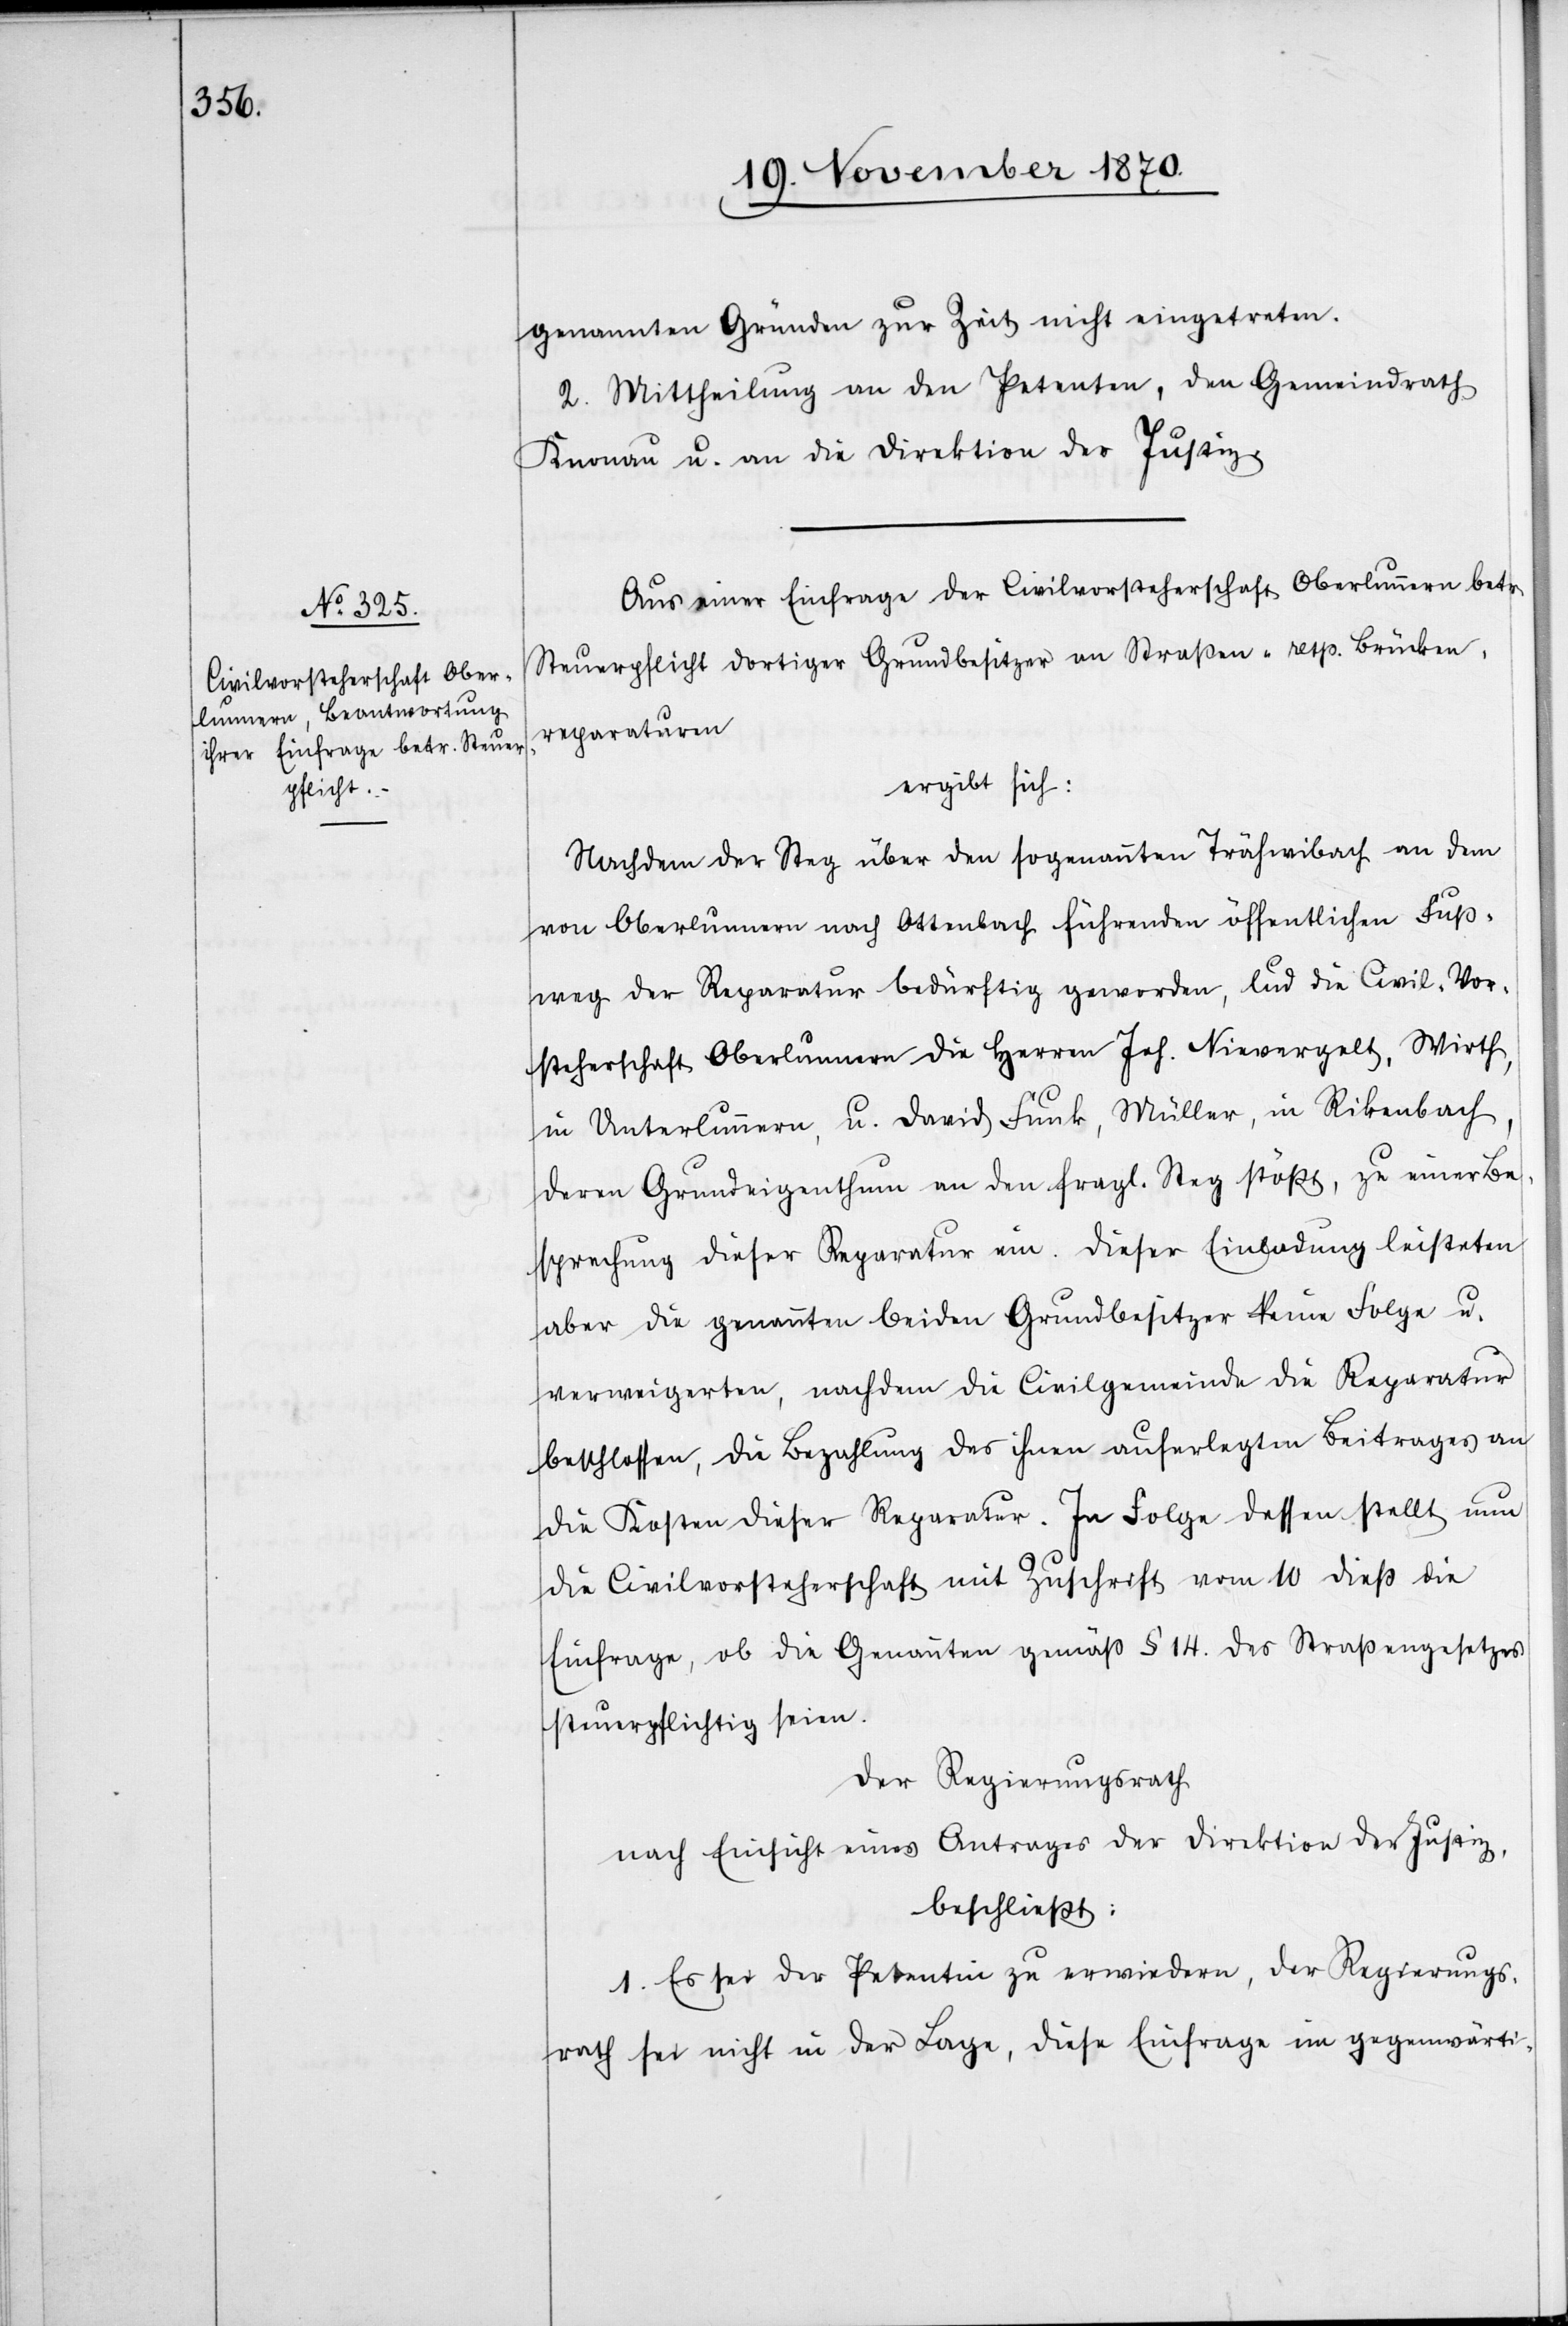
genannten Gründen zur Zeit nicht eingetreten.
2. Mittheilung an den Petenten, den Gemeindrath
Knonau u. an die Direktion der Justiz.
Aus einer Einfrage der Civilvorsteherschaft Oberlunnern betr.
Steuerpflicht dortiger Grundbesitzer an Straßen- resp. Brücken¬
reparaturen
ergibt sich:
Nachdem der Steg über den sogenannten Trähwibach an dem
von Oberlunnern nach Ottenbach führenden öffentlichen Fuß¬
weg der Reparatur bedürftig geworden, lud die Civil-Vor¬
steherschaft Oberlunnern die Herren Joh. Nievergelt, Wirth,
in Unterlunnern, u. David Funk, Müller, in Rikenbach,
deren Grundeigenthum an den fragl. Steg stößt, zu einer Be¬
sprechung dieser Reparatur ein. Dieser Einladung leisteten
aber die genannten beiden Grundbesitzer keine Folge u.
verweigerten, nachdem die Civilgemeinde die Reparatur
beschlossen, die Bezahlung des ihnen auferlegten Beitrages an
die Kosten dieser Reparatur. In Folge dessen stellt nun
die Civilvorsteherschaft mit Zuschrift vom 10 dieß die
Einfrage, ob die Genannten gemäß § 14. des Straßengesetzes
steuerpflichtig seien.
Der Regierungsrath
nach Einsicht eines Antrages der Direktion der Justiz,
beschließt:
1. Es sei der Petentin zu erwiedern, der Regierungs¬
rath sei nicht in der Lage, diese Einfrage im gegenwärti-